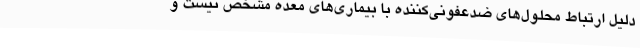
دلیل ارتباط محلول‌های ضدعفونی‌کننده با بیماری‌های معده مشخص نیست و